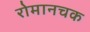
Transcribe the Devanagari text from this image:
रोमानचक